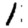
Digit: 1